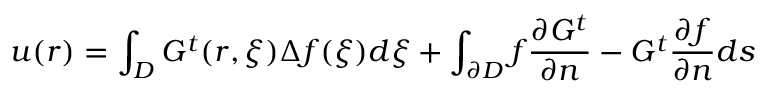
u ( \boldsymbol { r } ) = \int _ { D } G ^ { t } ( \boldsymbol { r } , \boldsymbol { \xi } ) \Delta f ( \boldsymbol { \xi } ) d \boldsymbol { \xi } + \int _ { \partial D } f \frac { \partial G ^ { t } } { \partial n } - G ^ { t } \frac { \partial f } { \partial n } d s